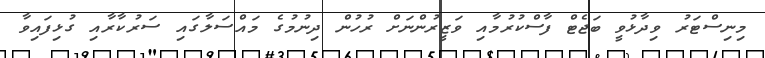
މިނިސްޓަރު ވިދާޅުވީ ބަޖެޓް ފާސްކުރުމާއި ވަޒީރުންނަށް ރުހުން ދިނުމުގެ މައްސަލާގައި ސަރުކާރާއި ގުޅިފައިވާ